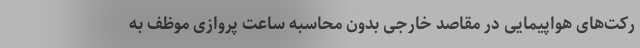
رکت‌های هواپیمایی در مقاصد خارجی بدون محاسبه ساعت پروازی موظف به